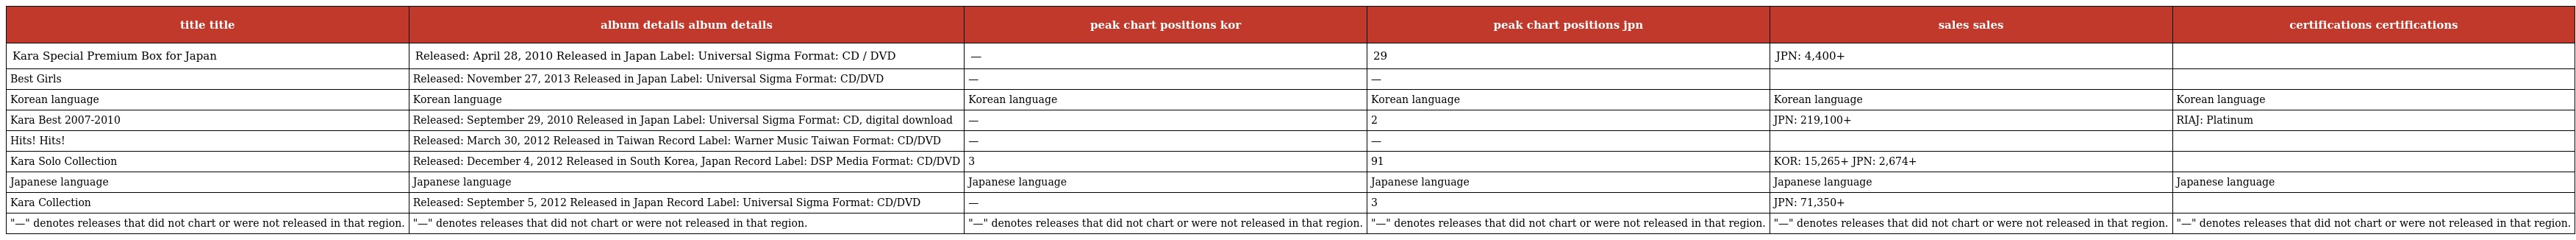
| title title | album details album details | peak chart positions kor | peak chart positions jpn | sales sales | certifications certifications |
 | --- | --- | --- | --- | --- | --- |
 | Kara Special Premium Box for Japan | Released: April 28, 2010 Released in Japan Label: Universal Sigma Format: CD / DVD | — | 29 | JPN: 4,400+ |  |
 | Best Girls | Released: November 27, 2013 Released in Japan Label: Universal Sigma Format: CD/DVD | — | — |  |  |
 | Korean language | Korean language | Korean language | Korean language | Korean language | Korean language |
 | Kara Best 2007-2010 | Released: September 29, 2010 Released in Japan Label: Universal Sigma Format: CD, digital download | — | 2 | JPN: 219,100+ | RIAJ: Platinum |
 | Hits! Hits! | Released: March 30, 2012 Released in Taiwan Record Label: Warner Music Taiwan Format: CD/DVD | — | — |  |  |
 | Kara Solo Collection | Released: December 4, 2012 Released in South Korea, Japan Record Label: DSP Media Format: CD/DVD | 3 | 91 | KOR: 15,265+ JPN: 2,674+ |  |
 | Japanese language | Japanese language | Japanese language | Japanese language | Japanese language | Japanese language |
 | Kara Collection | Released: September 5, 2012 Released in Japan Record Label: Universal Sigma Format: CD/DVD | — | 3 | JPN: 71,350+ |  |
 | "—" denotes releases that did not chart or were not released in that region. | "—" denotes releases that did not chart or were not released in that region. | "—" denotes releases that did not chart or were not released in that region. | "—" denotes releases that did not chart or were not released in that region. | "—" denotes releases that did not chart or were not released in that region. | "—" denotes releases that did not chart or were not released in that region. |